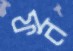
ফন